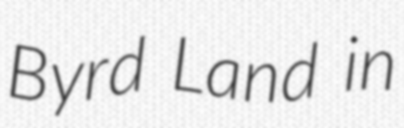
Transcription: Byrd Land in